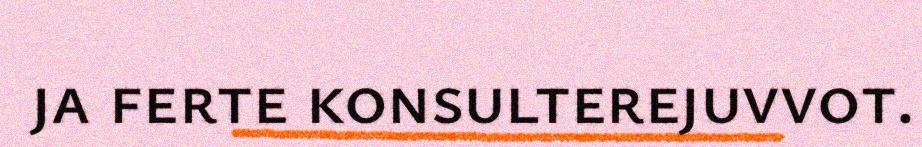
ja ferte konsulterejuvvot.